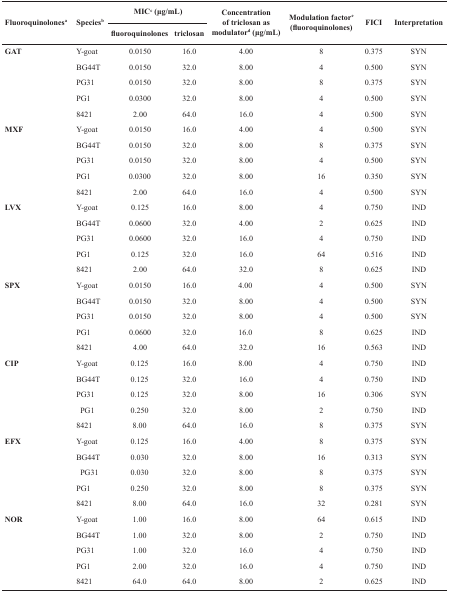
<table><thead><tr><td rowspan="2"><b>Fluoroquinolonesa</b></td><td rowspan="2"><b>Speciesb</b></td><td colspan="2"><b>MICc (μg/mL)</b></td><td rowspan="2"><b>Concentration of triclosan as modulatord (μg/mL)</b></td><td rowspan="2"><b>Modulation factore (fluoroquinolones)</b></td><td rowspan="2"><b>FICI</b></td><td rowspan="2"><b>Interpretation</b></td></tr><tr><td><b>fluoroquinolones</b></td><td><b>triclosan</b></td></tr></thead><tbody><tr><td rowspan="5"><b>GAT</b></td><td>Y-goat</td><td>0.0150</td><td>16.0</td><td>4.00</td><td>8</td><td>0.375</td><td>SYN</td></tr><tr><td>BG44T</td><td>0.0150</td><td>32.0</td><td>8.00</td><td>4</td><td>0.500</td><td>SYN</td></tr><tr><td>PG31</td><td>0.0150</td><td>32.0</td><td>8.00</td><td>8</td><td>0.375</td><td>SYN</td></tr><tr><td>PG1</td><td>0.0300</td><td>32.0</td><td>8.00</td><td>4</td><td>0.500</td><td>SYN</td></tr><tr><td>8421</td><td>2.00</td><td>64.0</td><td>16.0</td><td>4</td><td>0.500</td><td>SYN</td></tr><tr><td rowspan="5"><b>MXF</b></td><td>Y-goat</td><td>0.0150</td><td>16.0</td><td>4.00</td><td>4</td><td>0.500</td><td>SYN</td></tr><tr><td>BG44T</td><td>0.0150</td><td>32.0</td><td>8.00</td><td>8</td><td>0.375</td><td>SYN</td></tr><tr><td>PG31</td><td>0.0150</td><td>32.0</td><td>8.00</td><td>4</td><td>0.500</td><td>SYN</td></tr><tr><td>PG1</td><td>0.0300</td><td>32.0</td><td>8.00</td><td>16</td><td>0.350</td><td>SYN</td></tr><tr><td>8421</td><td>2.00</td><td>64.0</td><td>16.0</td><td>4</td><td>0.500</td><td>SYN</td></tr><tr><td rowspan="5"><b>LVX</b></td><td>Y-goat</td><td>0.125</td><td>16.0</td><td>8.00</td><td>4</td><td>0.750</td><td>IND</td></tr><tr><td>BG44T</td><td>0.0600</td><td>32.0</td><td>4.00</td><td>2</td><td>0.625</td><td>IND</td></tr><tr><td>PG31</td><td>0.0600</td><td>32.0</td><td>16.0</td><td>4</td><td>0.750</td><td>IND</td></tr><tr><td>PG1</td><td>0.125</td><td>32.0</td><td>16.0</td><td>64</td><td>0.516</td><td>IND</td></tr><tr><td>8421</td><td>2.00</td><td>64.0</td><td>32.0</td><td>8</td><td>0.625</td><td>IND</td></tr><tr><td rowspan="5"><b>SPX</b></td><td>Y-goat</td><td>0.0150</td><td>16.0</td><td>4.00</td><td>4</td><td>0.500</td><td>SYN</td></tr><tr><td>BG44T</td><td>0.0150</td><td>32.0</td><td>8.00</td><td>4</td><td>0.500</td><td>SYN</td></tr><tr><td>PG31</td><td>0.0150</td><td>32.0</td><td>8.00</td><td>4</td><td>0.500</td><td>SYN</td></tr><tr><td>PG1</td><td>0.0600</td><td>32.0</td><td>16.0</td><td>8</td><td>0.625</td><td>IND</td></tr><tr><td>8421</td><td>4.00</td><td>64.0</td><td>32.0</td><td>16</td><td>0.563</td><td>IND</td></tr><tr><td rowspan="5"><b>CIP</b></td><td>Y-goat</td><td>0.125</td><td>16.0</td><td>8.00</td><td>4</td><td>0.750</td><td>IND</td></tr><tr><td>BG44T</td><td>0.125</td><td>32.0</td><td>16.0</td><td>4</td><td>0.750</td><td>IND</td></tr><tr><td>PG31</td><td>0.125</td><td>32.0</td><td>8.00</td><td>16</td><td>0.306</td><td>SYN</td></tr><tr><td> PG1</td><td>0.250</td><td>32.0</td><td>8.00</td><td>2</td><td>0.750</td><td>IND</td></tr><tr><td>8421</td><td>8.00</td><td>64.0</td><td>16.0</td><td>8</td><td>0.375</td><td>SYN</td></tr><tr><td rowspan="5"><b>EFX</b></td><td>Y-goat</td><td>0.125</td><td>16.0</td><td>4.00</td><td>8</td><td>0.375</td><td>SYN</td></tr><tr><td>BG44T</td><td>0.030</td><td>32.0</td><td>8.00</td><td>16</td><td>0.313</td><td>SYN</td></tr><tr><td> PG31</td><td>0.030</td><td>32.0</td><td>8.00</td><td>8</td><td>0.375</td><td>SYN</td></tr><tr><td>PG1</td><td>0.250</td><td>32.0</td><td>8.00</td><td>8</td><td>0.375</td><td>SYN</td></tr><tr><td>8421</td><td>8.00</td><td>64.0</td><td>16.0</td><td>32</td><td>0.281</td><td>SYN</td></tr><tr><td rowspan="5"><b>NOR</b></td><td>Y-goat</td><td>1.00</td><td>16.0</td><td>8.00</td><td>64</td><td>0.615</td><td>IND</td></tr><tr><td>BG44T</td><td>1.00</td><td>32.0</td><td>8.00</td><td>2</td><td>0.750</td><td>IND</td></tr><tr><td>PG31</td><td>1.00</td><td>32.0</td><td>16.0</td><td>4</td><td>0.750</td><td>IND</td></tr><tr><td>PG1</td><td>2.00</td><td>32.0</td><td>16.0</td><td>4</td><td>0.750</td><td>IND</td></tr><tr><td>8421</td><td>64.0</td><td>64.0</td><td>8.00</td><td>2</td><td>0.625</td><td>IND</td></tr></tbody></table>